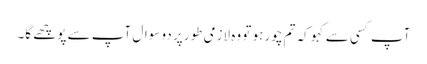
آپ کسی سے کہو کہ تم چور ہو تو وہ لازمی طور پر دو سوال آپ سے پوچھے گا۔